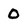
Character: 0